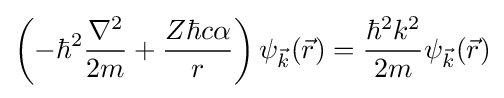
\left(-\hbar ^{2}{\frac {\nabla ^{2}}{2m}}+{\frac {Z\hbar c\alpha }{r}}\right)\psi _{\vec {k}}({\vec {r}})={\frac {\hbar ^{2}k^{2}}{2m}}\psi _{\vec {k}}({\vec {r}})